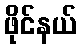
ဖိုင်နယ်